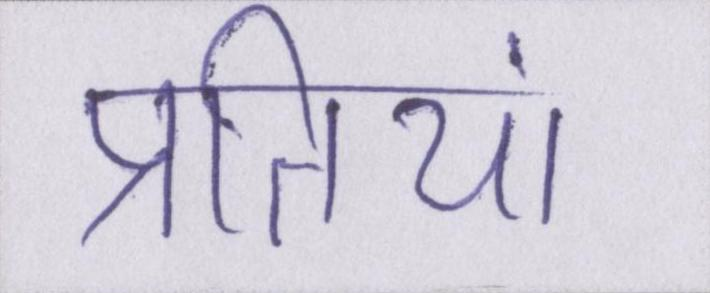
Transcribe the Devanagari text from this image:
प्रतियां